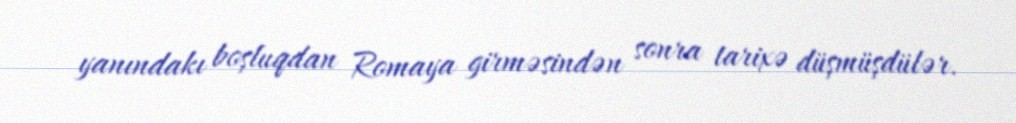
yanındakı boşluqdan Romaya girməsindən sonra tarixə düşmüşdülər.